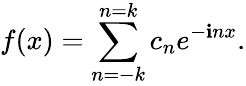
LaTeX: f(x)=\sum_{n=-k}^{n=k}c_{n}e^{-\mathbf{i}nx}.